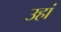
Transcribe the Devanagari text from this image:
उहां